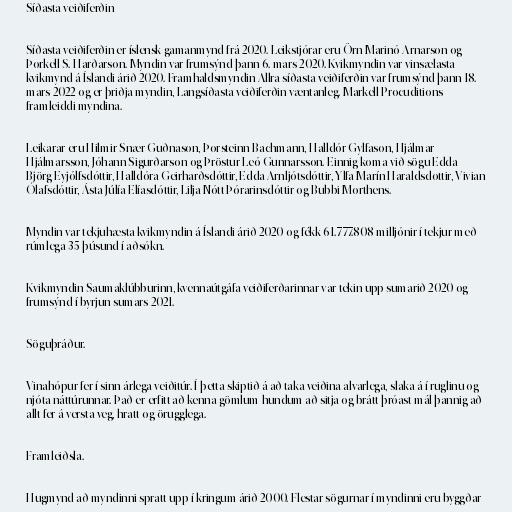
Síðasta veiðiferðin

Síðasta veiðiferðin er íslensk gamanmynd frá 2020. Leikstjórar eru Örn Marinó Arnarson og
Þorkell S. Harðarson. Myndin var frumsýnd þann 6. mars 2020. Kvikmyndin var vinsælasta
kvikmynd á Íslandi árið 2020. Framhaldsmyndin Allra síðasta veiðiferðin var frumsýnd þann 18.
mars 2022 og er þriðja myndin, Langsíðasta veiðiferðin væntanleg. Markell Procuditions
framleiddi myndina.

Leikarar eru Hilmir Snær Guðnason, Þorsteinn Bachmann, Halldór Gylfason, Hjálmar
Hjálmarsson, Jóhann Sigurðarson og Þröstur Leó Gunnarsson. Einnig koma við sögu Edda
Björg Eyjólfsdóttir, Halldóra Geirharðsdóttir, Edda Arnljótsdóttir, Ylfa Marín Haraldsdottir, Vivian
Ólafsdóttir, Ásta Júlía Elíasdóttir, Lilja Nótt Þórarinsdóttir og Bubbi Morthens.

Myndin var tekjuhæsta kvikmyndin á Íslandi árið 2020 og fékk 61.777.808 milljónir í tekjur með
rúmlega 35 þúsund í aðsókn.

Kvikmyndin Saumaklúbburinn, kvennaútgáfa veiðiferðarinnar var tekin upp sumarið 2020 og
frumsýnd í byrjun sumars 2021.

Söguþráður.

Vinahópur fer í sinn árlega veiðitúr. Í þetta skiptið á að taka veiðina alvarlega, slaka á í ruglinu og
njóta náttúrunnar. Það er erfitt að kenna gömlum hundum að sitja og brátt þróast mál þannig að
allt fer á versta veg, hratt og örugglega.

Framleiðsla.

Hugmynd að myndinni spratt upp í kringum árið 2000. Flestar sögurnar í myndinni eru byggðar